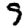
Digit: 9